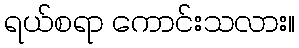
ရယ်စရာ ကောင်းသလား။